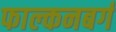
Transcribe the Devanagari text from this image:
फाल्कनबर्ग